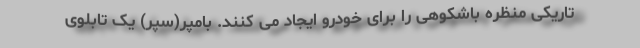
تاریکی منظره باشکوهی را برای خودرو ایجاد می کنند. بامپر(سپر) یک تابلوی